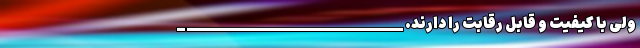
ولی با کیفیت و قابل رقابت را دارند. ___________________________ _